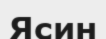
Ясин